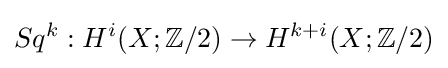
Sq^{k}:H^{i}(X;\mathbb {Z} /2)\to H^{k+i}(X;\mathbb {Z} /2)